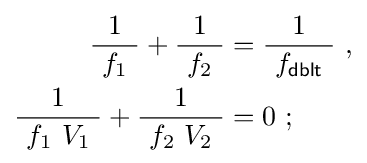
{\begin{aligned}{\frac {1}{\ f_{1}\ }}+{\frac {1}{\ f_{2}\ }}&={\frac {1}{\ f_{\mathsf {dblt}}\ }}\ ,\\{\frac {1}{\ f_{1}\ V_{1}\ }}+{\frac {1}{\ f_{2}\ V_{2}\ }}&=0\ ;\end{aligned}}